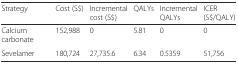
<table><thead><tr><td><b>Strategy</b></td><td><b>Cost (S$)</b></td><td><b>Incremental cost (S$)</b></td><td><b>QALYs</b></td><td><b>Incremental QALYs</b></td><td><b>ICER (S$/QALY)</b></td></tr></thead><tbody><tr><td>Calcium carbonate</td><td>152,988</td><td>0</td><td>5.81</td><td>0</td><td>0</td></tr><tr><td>Sevelamer</td><td>180,724</td><td>27,735.6</td><td>6.34</td><td>0.5359</td><td>51,756</td></tr></tbody></table>